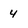
Character: 4